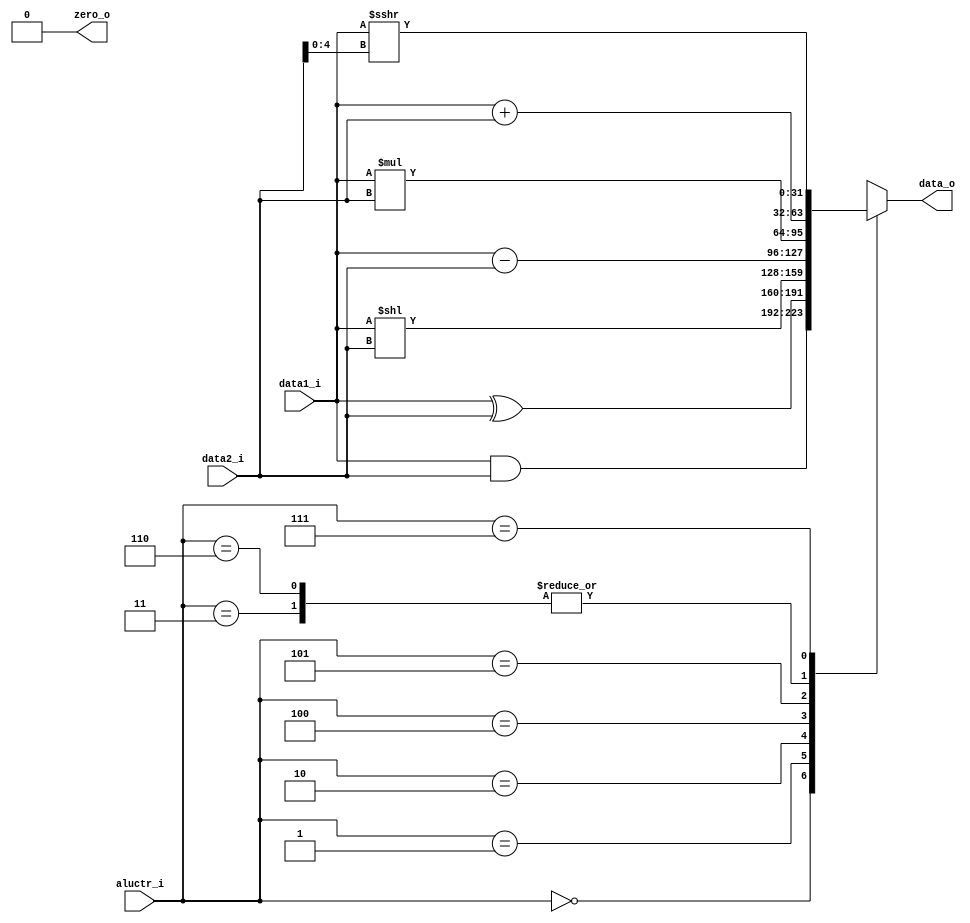
module ALU(
    data1_i,
    data2_i,
    aluctr_i,
    data_o,
    zero_o
);

input signed [31:0] data1_i;
input signed [31:0] data2_i;
input [2:0] aluctr_i;
output [31:0] data_o;
output zero_o;
reg signed [31:0] tmp;
assign data_o = tmp;
assign zero_o = 0;

always @ (*) begin
    case (aluctr_i)
    3'b000: tmp = data1_i & data2_i;  //and
    3'b001: tmp = data1_i ^ data2_i;  //xor
    3'b010: tmp = data1_i << data2_i;  //sll
    3'b011: tmp = data1_i + data2_i;  //add
    3'b100: tmp = data1_i - data2_i;  //sub
    3'b101: tmp = data1_i * data2_i;  //mul
    3'b110: tmp = data1_i + data2_i;  //addi
    3'b111: tmp = data1_i >>> data2_i[4:0];  //srai
    
    endcase

end

endmodule